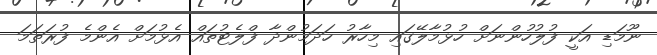
ނޫމަޑި އަކީ ފުލުހުންނަށް ހުޅުމާލޭގައި މިހާރު ހަދަމުންދާ ފްލެޓުތައް އެޅުމަށް އެންމެ ފުރަތަމަ